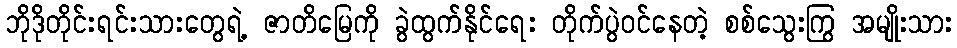
ဘိုဒိုတိုင်းရင်းသားတွေရဲ့ ဇာတိမြေကို ခွဲထွက်နိုင်ရေး တိုက်ပွဲဝင်နေတဲ့ စစ်သွေးကြွ အမျိုးသား